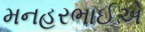
મનહરભાઈએ